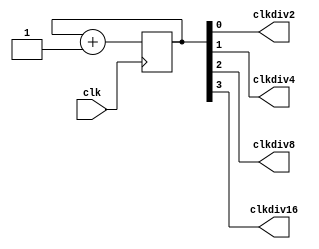
/*
 * Copyright (c) 2021, Marcos Medeiros
 * Licensed under BSD 3-clause.
 */
module CLKDivider(clk, clkdiv2, clkdiv4, clkdiv8, clkdiv16);
  input clk;
  output clkdiv2, clkdiv4, clkdiv8, clkdiv16;
  
  reg [3:0] counter = 1'b0;
  
  always @(posedge clk)
    counter <= counter + 1;
    
  assign clkdiv2 = counter[0];
  assign clkdiv4 = counter[1];
  assign clkdiv8 = counter[2];
  assign clkdiv16 = counter[3];

endmodule